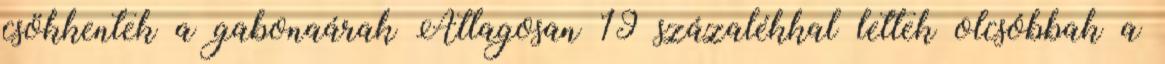
csökkentek a gabonaárak Átlagosan 19 százalékkal lettek olcsóbbak a